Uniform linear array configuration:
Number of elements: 32
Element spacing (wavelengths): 0.25
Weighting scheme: cosine
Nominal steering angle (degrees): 0
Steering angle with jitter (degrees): -0.3924
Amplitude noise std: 0.05
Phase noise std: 0.05

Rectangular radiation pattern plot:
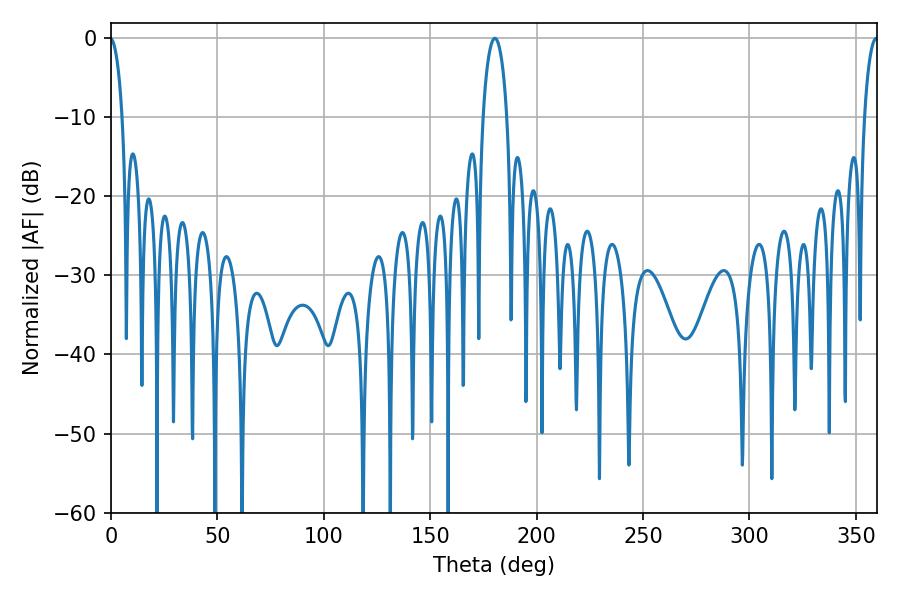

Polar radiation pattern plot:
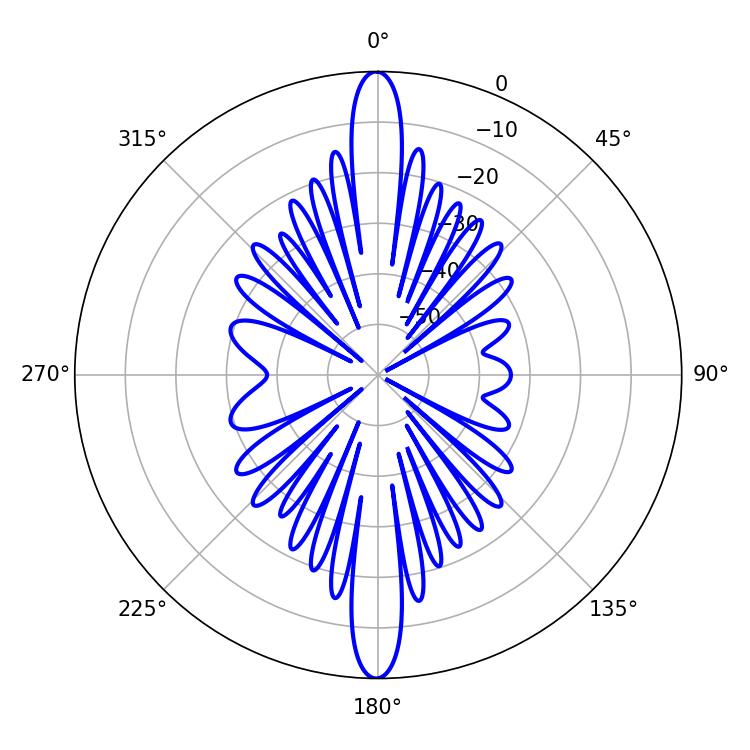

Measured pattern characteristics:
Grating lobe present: FALSE
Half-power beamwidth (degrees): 6.48
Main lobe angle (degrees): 180.36